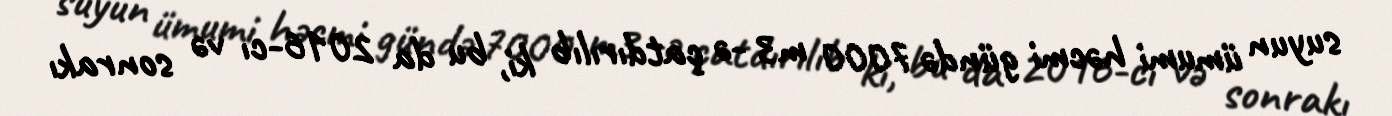
suyun ümumi həcmi gündə 7000 m3 -ə çatdırılıb ki, bu da 2016-cı və sonrakı